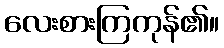
လေးစားကြကုန်၏။